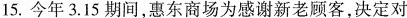
15.今年3.15期间，惠东商场为感谢新老顾客，决定对